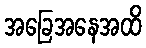
အခြေအနေအထိ